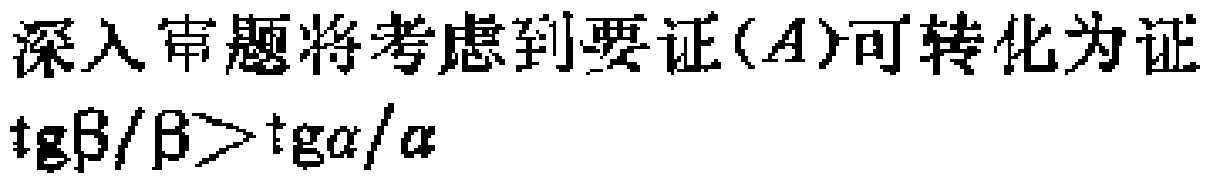
深入审题将考虑到要证$(A)$可转化为证
$\mathrm{tg}\beta/\beta>\mathrm{tg}\alpha/\alpha$